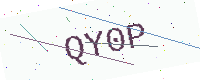
Text: QY0P